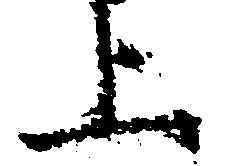
上